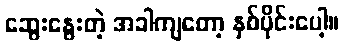
ဆွေးနွေးတဲ့ အခါကျတော့ နှစ်ပိုင်းပေါ့။